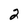
Character: 2